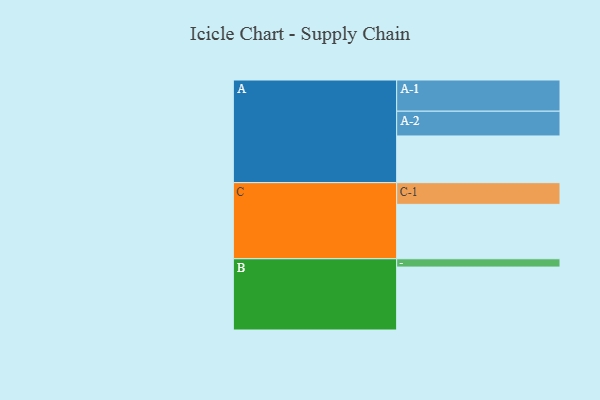
{"axis": {"x": "Segment", "y": "Value"}, "legend": ["", "A", "B", "C"], "data": [{"x": "A", "y": 443, "type": ""}, {"x": "B", "y": 597, "type": ""}, {"x": "C", "y": 516, "type": ""}, {"x": "A-1", "y": 296, "type": "A"}, {"x": "A-2", "y": 235, "type": "A"}, {"x": "B-1", "y": 79, "type": "B"}, {"x": "C-1", "y": 206, "type": "C"}]}